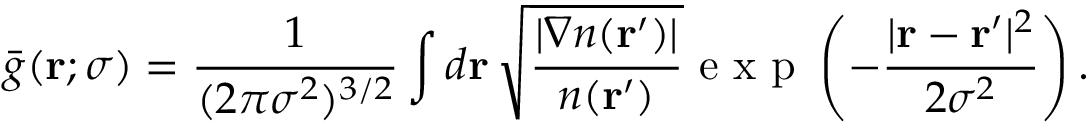
\bar { g } ( \mathbf { r } ; \sigma ) = \frac { 1 } { ( 2 \pi \sigma ^ { 2 } ) ^ { 3 / 2 } } \int d \mathbf { r } \, \sqrt { \frac { | \nabla n ( \mathbf { r } ^ { \prime } ) | } { n ( \mathbf { r } ^ { \prime } ) } } \mathrm { ~ e ~ x ~ p ~ } \left( - \frac { | \mathbf { r } - \mathbf { r } ^ { \prime } | ^ { 2 } } { 2 \sigma ^ { 2 } } \right) .